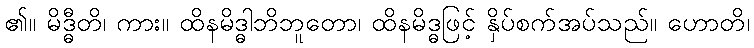
၏။ မိဒ္ဓီတိ၊ ကား။ ထိနမိဒ္ဓါဘိဘူတော၊ ထိနမိဒ္ဓဖြင့် နှိပ်စက်အပ်သည်။ ဟောတိ၊